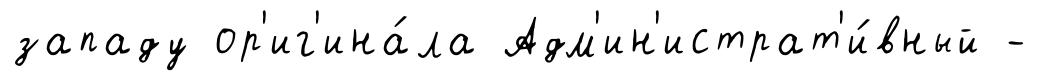
западу ор'иг'ина́ла Адм'ин'истрат'и́вный -